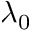
\lambda _ { 0 }